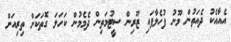
އެއާއެކު ދެއަތުން މޫނު ފުހެލާފައި ޒޫރިން ސީޓުމަތިން ދެމެމުން ކަހަލަ ގޮތަކަށް ތިރިއަށް